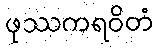
ဖုဿကရဝိတံ